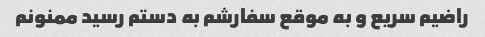
راضیم سریع و به موقع سفارشم به دستم رسید ممنونم